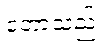
တော့သည်။